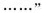
……”